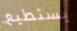
يستطيع